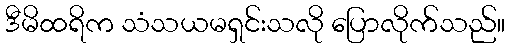
ဒီမိထရိက သံသယမရှင်းသလို ပြောလိုက်သည်။